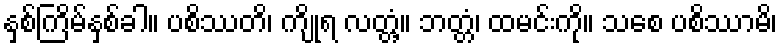
နှစ်ကြိမ်နှစ်ခါ။ ပစိဿတိ၊ ကျိုရ လတ္တံ့။ ဘတ္တံ၊ ထမင်းကို။ သစေ ပစိဿာမိ၊